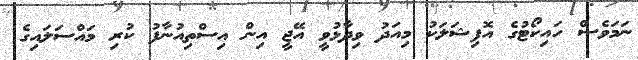
ނަމަވެސް ހައިކޯޓުގެ އޮފިޝަލަކު މިއަދު ވިދާޅުވީ އޭޖީ އިން އިސްތިއުނާފު ކުރި މައްސަލައިގެ